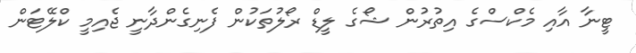
ޓީނާ އާއި މެކްސްގެ އިތުރުން ޝޯގެ ލީޑް ރޯލުތަކުން ފެނިގެންދާނީ ޖެއިމީ ކްލޭޓަން